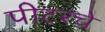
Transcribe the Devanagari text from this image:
पीटरचे